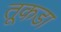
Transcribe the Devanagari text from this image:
तूकडा